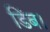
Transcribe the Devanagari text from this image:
डिंब।